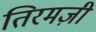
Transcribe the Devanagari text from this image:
तिरमज़ी